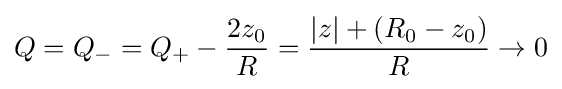
Q=Q_{-}=Q_{+}-{2z_{0} \over R}={|z|+(R_{0}-z_{0}) \over R}\rightarrow 0